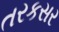
તરકસર